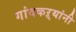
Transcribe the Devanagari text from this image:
गांवकऱ्यांनी